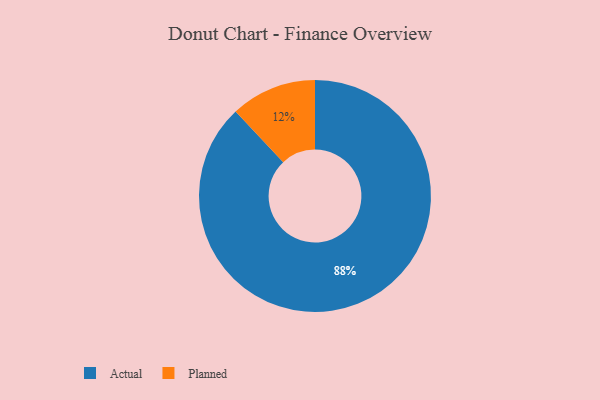
{"axis": {"x": "Category", "y": "Percentage"}, "legend": ["Actual", "Planned"], "data": [{"x": "Planned", "y": 12, "type": "Planned"}, {"x": "Actual", "y": 88, "type": "Actual"}]}